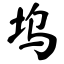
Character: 坞